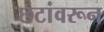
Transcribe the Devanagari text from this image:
छटांवरून